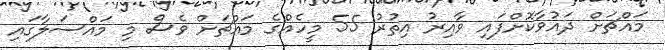
މައްޗަށް ދައުވާކޮށްފައި ވާއިރު އިތުރު 55 މީހެއްގެ މައްޗަށް ވެސް މި މައްސަލާގައި